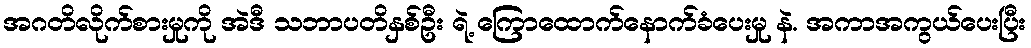
အဂတိလိုက်စားမှုကို အဲဒီ သဘာပတိနှစ်ဦး ရဲ့ ကြောထောက်နောက်ခံပေးမှု နဲ. အကာအကွယ်ပေးပြီး